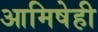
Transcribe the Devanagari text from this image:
आमिषेही